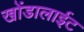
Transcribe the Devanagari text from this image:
खोंडालाईट